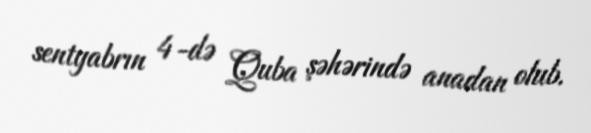
sentyabrın 4-də Quba şəhərində anadan olub.